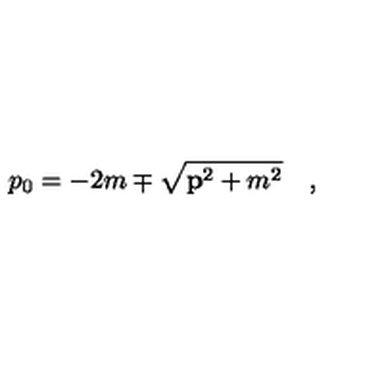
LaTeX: p _ { 0 } = - 2 m \mp \sqrt { { \bf p } ^ { 2 } + m ^ { 2 } } \quad ,